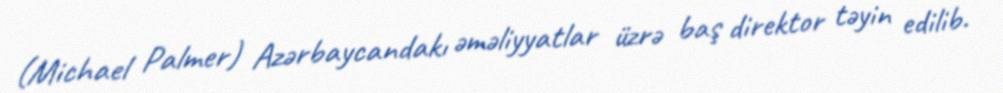
(Michael Palmer) Azərbaycandakı əməliyyatlar üzrə baş direktor təyin edilib.